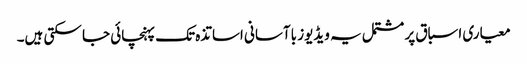
معیاری اسباق پر مشتمل یہ ویڈیوز باآسانی اساتذہ تک پہنچائی جا سکتی ہیں۔